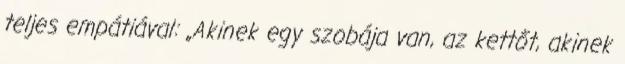
teljes empátiával: „Akinek egy szobája van, az kettőt, akinek